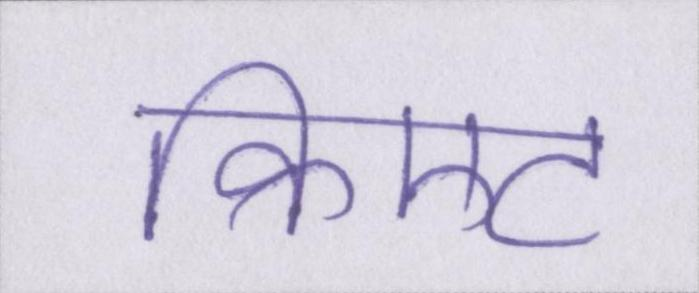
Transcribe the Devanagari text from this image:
क्रिएट